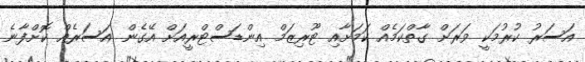
އަސަރު ކުރުމަކީ ވަރަށް ގާތްކަމެއް ކަަމަށާއި ޓޫރިޒަމް އިންޑަސްޓްރީއަށް އޭގެން އަސަރެއް ކޮށްފާނެ